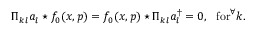
\Pi _ { k l } a _ { l } \star f _ { 0 } ( x , p ) = f _ { 0 } ( x , p ) \star \Pi _ { k l } a _ { l } ^ { \dagger } = 0 , ~ ~ \mathrm { f o r } ^ { \forall } k .